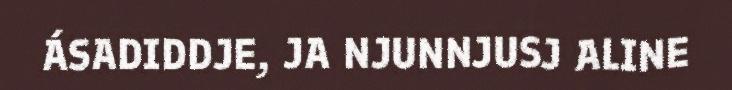
ÁSADIDDJE, JA NJUNNJUSJ ALINE